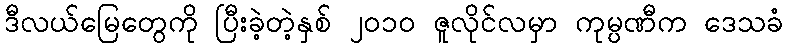
ဒီလယ်မြေတွေကို ပြီးခဲ့တဲ့နှစ် ၂၀၁၀ ဇူလိုင်လမှာ ကုမ္ပဏီက ဒေသခံ